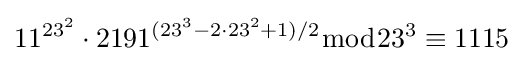
11^{23^{2}}\cdot 2191^{(23^{3}-2\cdot 23^{2}+1)/2}{\bmod {23^{3}}}\equiv 1115